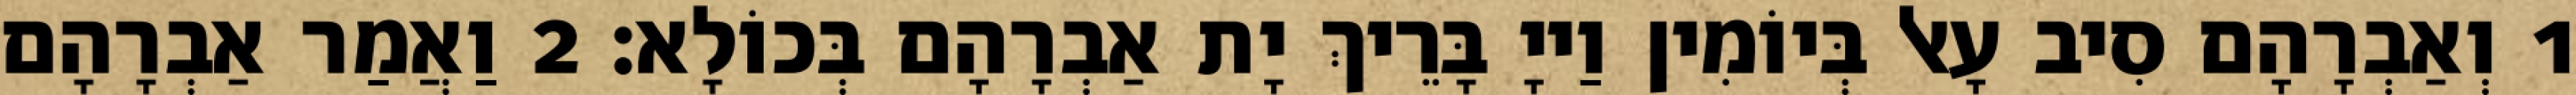
1 וְאַבְרָהָם סִיב עָאל בְּיוֹמִין וַייָ בָּרֵיךְ יָת אַבְרָהָם בְּכוֹלָא׃ 2 וַאֲמַר אַבְרָהָם